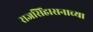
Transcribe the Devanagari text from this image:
राजसिंहासनाच्या